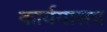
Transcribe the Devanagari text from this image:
कार्ययालय